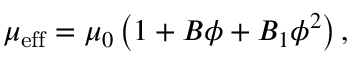
\mu _ { \mathrm { e f f } } = \mu _ { 0 } \left( 1 + B \phi + B _ { 1 } \phi ^ { 2 } \right) ,